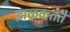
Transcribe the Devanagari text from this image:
झळकतेते